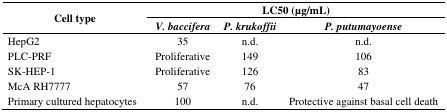
<table><thead><tr><td rowspan="2"><b>Cell type</b></td><td colspan="3"><b>LC50 (μg/mL)</b></td></tr><tr><td><b><i>V. baccifera</i></b></td><td><b><i>P. krukoffii</i></b></td><td><b><i>P. putumayoense</i></b></td></tr></thead><tbody><tr><td>HepG2</td><td>35</td><td>n.d.</td><td>n.d.</td></tr><tr><td>PLC-PRF</td><td>Proliferative</td><td>149</td><td>106</td></tr><tr><td>SK-HEP-1</td><td>Proliferative</td><td>126</td><td>83</td></tr><tr><td>McA RH7777</td><td>57</td><td>76</td><td>47</td></tr><tr><td>Primary cultured hepatocytes</td><td>100</td><td>n.d.</td><td>Protective against basal cell death</td></tr></tbody></table>